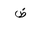
Letter: _dad